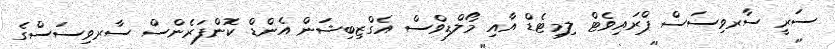
ސަރީ ސާރވިސަސް ޕްރައިވެޓް ލިމިޓެޑް އާއި މޯލްޑިވްސް އެގްޒިބިޝަން އެންޑް ކޮންފަރެންސް ސާރވިސަސްގެ